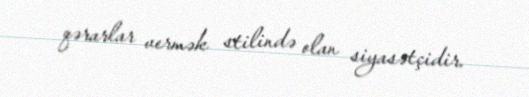
qərarlar vermək stilində olan siyasətçidir.